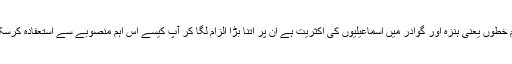
دونوں اہم خطوں یعنی ہنزہ اور گوادر میں اسماعیلیوں کی اکثریت ہے ان پر اتنا بڑا الزام لگا کر آپ کیسے اس اہم منصوبے سے استعفادہ کرسکتے ہیں؟